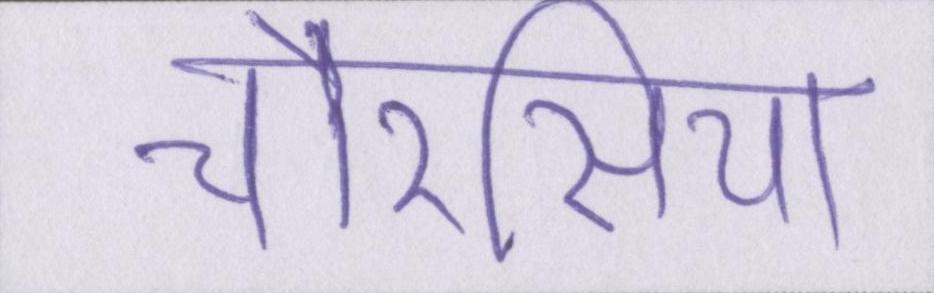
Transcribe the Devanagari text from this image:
चौरसिया